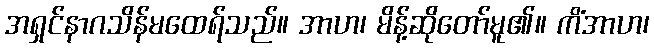
အရှင်နာဂသိန်မထေရ်သည်။ အာဟ၊ မိန့်ဆိုတော်မူ၏။ ကိံအာဟ၊